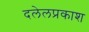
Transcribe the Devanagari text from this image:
दलेलप्रकाश